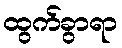
ထွက်ခွာရာ